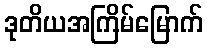
ဒုတိယအကြိမ်မြောက်